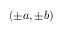
( \pm a , \pm b )